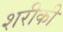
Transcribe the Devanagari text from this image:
शरीकी